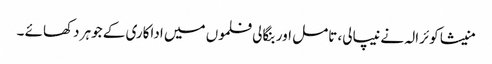
منیشا کوئرالہ نے نیپالی، تامل اور بنگالی فلموں میں اداکاری کے جوہر دکھائے ۔